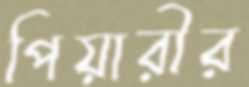
পিয়ারীর